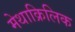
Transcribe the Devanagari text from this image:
मेथाक्रिलिक